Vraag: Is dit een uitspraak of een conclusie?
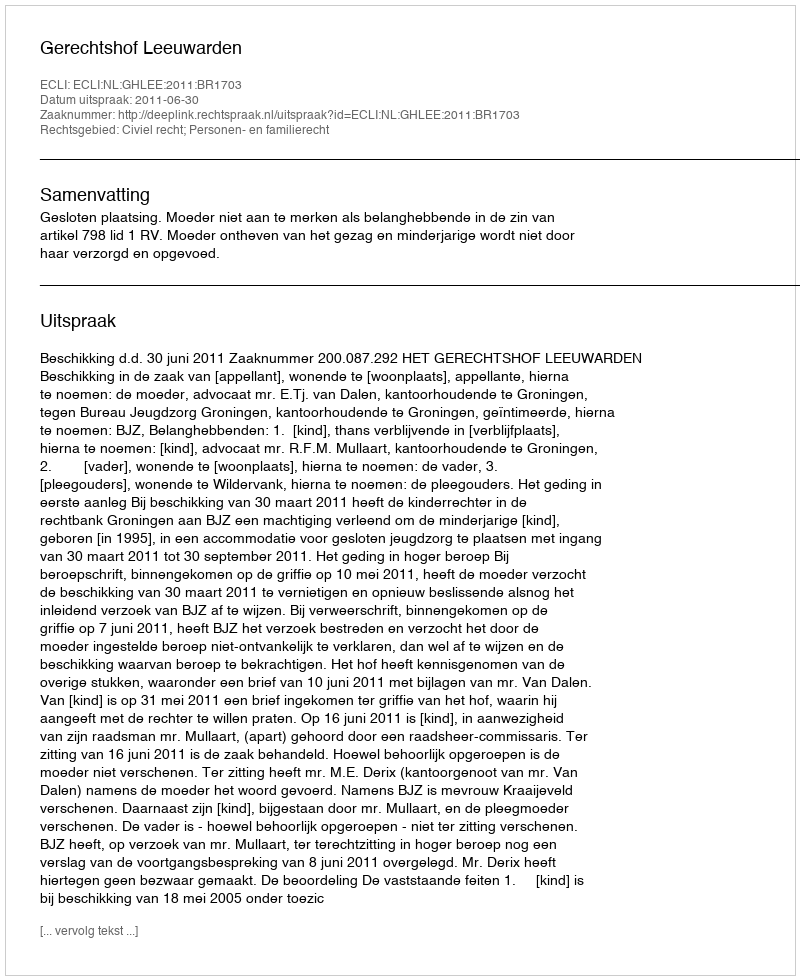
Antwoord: Uitspraak